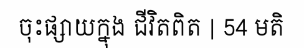
ចុះផ្សាយក្នុង ជីវិតពិត | 54 មតិ